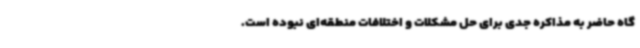
گاه حاضر به مذاکره جدی برای حل مشکلات و اختلافات منطقه‌ای نبوده است.